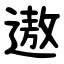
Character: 遨